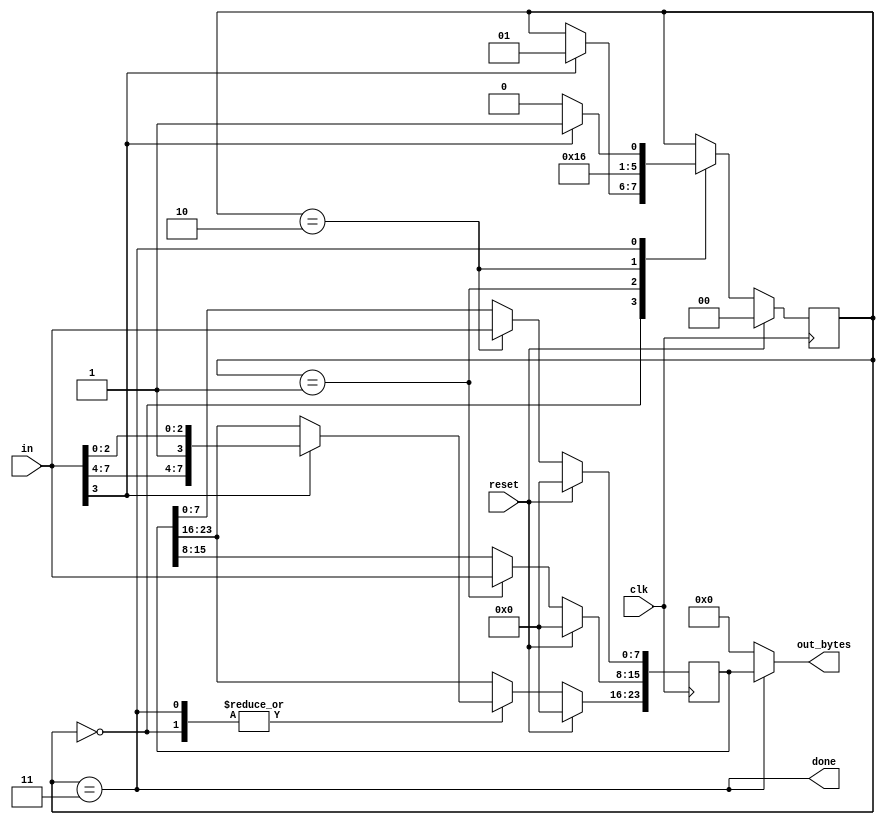
module top_module(
    input clk,
    input [7:0] in,
    input reset,    // Synchronous reset
    output [23:0] out_bytes,
    output done); //
	
    reg [23:0] temp_out;
    reg [1:0] state,next_state;
    parameter b1 = 2'b00, b2 = 2'b01, b3 = 2'b10,fin=2'b11;
    // State transition logic (combinational)
    always@(*) begin
    	state = next_state;
        
    end
        
    // State flip-flops (sequential)
        always@(posedge clk)
            begin
                if(reset) begin
                    next_state <= b1;
                	temp_out <= 24'b0;
                end
                else
            case(state)
           
                b1:  if(in[3]) begin 
                    temp_out [23:16] <= in;
                	next_state <= b2;
                    
                end
            b2: begin
                temp_out[15:8] <= in;
                next_state <= b3;
            end
            b3: begin
                temp_out[7:0] <= in;
                next_state <= fin;
            end
                fin: if(in[3]) begin 
                    temp_out[23:16]<=in;	
                    next_state <= b2;
                end
                	else
                        next_state <= b1;
            
        endcase
                    
            end
    // Output logic
    assign done = state == fin;
    assign out_bytes = state==fin?temp_out:24'b0;




    
endmodule